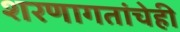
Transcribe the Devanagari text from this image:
शरणागतांचेही